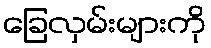
ခြေလှမ်းများကို